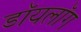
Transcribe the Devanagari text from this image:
डॉयलॉग